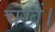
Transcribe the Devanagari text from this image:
चखैं।